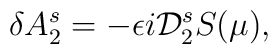
\delta A_{2}^{s}=-\epsilon i {\cal D}_{2}^{s}S(\mu),